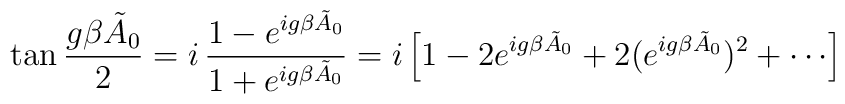
\tan {g\beta \tilde{A}_{0}\over 2} = i\,{1-e^{ig\beta \tilde{A}_{0}}\over  1+ e^{ig\beta \tilde{A}_{0}}} = i\left[1 - 2  e^{ig\beta\tilde{A}_{0}} + 2 (e^{ig\beta \tilde{A}_{0}})^{2} + \cdots \right]